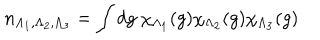
LaTeX: n _ { \Lambda _ { 1 } , \Lambda _ { 2 } , \Lambda _ { 3 } } = \int d g \ \chi _ { \Lambda _ { 1 } } ( g ) \chi _ { \Lambda _ { 2 } } ( g ) \chi _ { \Lambda _ { 3 } } ( g )